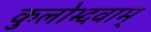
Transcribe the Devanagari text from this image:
कुलोभ्दवाम्